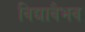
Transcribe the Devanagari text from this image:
विद्यावैभव